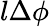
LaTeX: l\Delta\phi